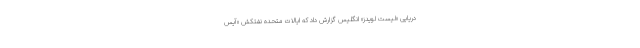
دریایی «لیست‌ لویدز» انگلیس گزارش داد که ایالات متحده نفتکش «آیس